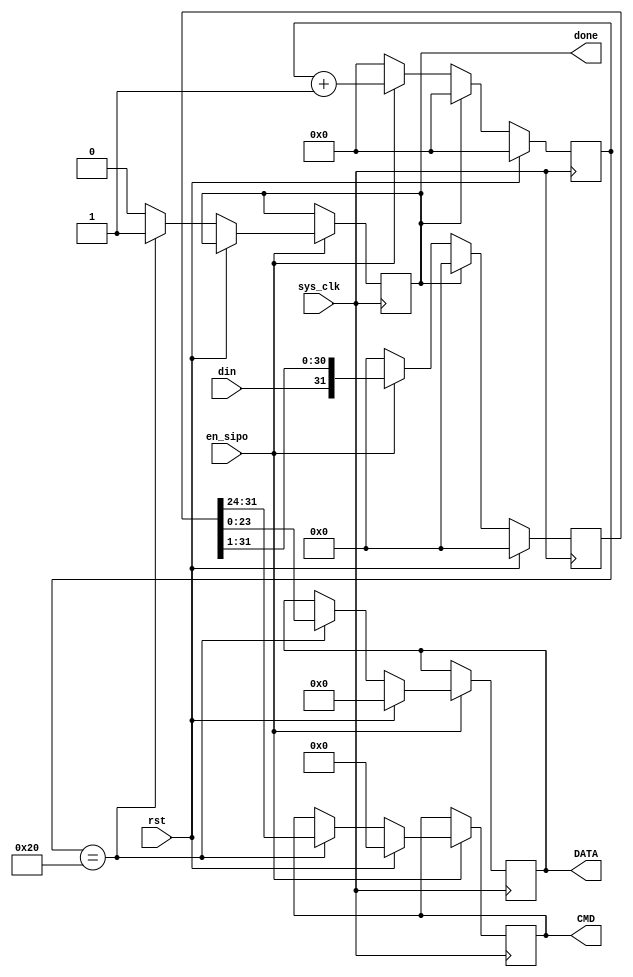
`timescale 1ns / 1ps
//////////////////////////////////////////////////////////////////////////////////
// Company: 
// Engineer: 
// 
// Design Name: 
// Module Name: SIPO
// Project Name: 
// Target Devices: 
// Tool Versions: 
// Description: 
// 
// Dependencies: 
// 
// Revision:
// Revision 0.01 - File Created
// Additional Comments:
// 
//////////////////////////////////////////////////////////////////////////////////


module SIPO(CMD,DATA, sys_clk, din, en_sipo, rst, done );
input sys_clk,din,en_sipo,rst;
output reg[7:0] CMD;
output reg[23:0] DATA;
output reg done;

reg[31:0] ShiftReg_I=32'b0; // shift data using this register then reclock it using module clock when done... 
reg[5:0] BitCount_I=6'b0; // Couter reg to count how many bits have arrived

always @(posedge sys_clk)
begin
  if (rst)
  begin
    BitCount_I <= 0;
    ShiftReg_I <= 0;
  end
  else if(done==1)
    begin
    BitCount_I <= 0;
    
    ShiftReg_I <= 0;
    end
  else 
  begin
    if (en_sipo)
    
      begin
        ShiftReg_I <= {din, ShiftReg_I[31:1]};
        BitCount_I <= BitCount_I +1;
      end
    else
      begin
        ShiftReg_I <= 0;
        BitCount_I <= 0;
      end
  end
  
end

always @(posedge sys_clk)
begin

  if (en_sipo)
    begin
    
    if (rst)
      begin
      DATA<= 0;
      CMD <= 0;
      end
    else
      begin
        if(BitCount_I == 32)
        begin
          DATA <= ShiftReg_I[23:0];
          CMD <= ShiftReg_I[31:24];
          done <= 1;
          
        end
        else
          done <= 0;
      end
    end
    else
      begin

        done <= done;
      end
      
end
endmodule